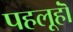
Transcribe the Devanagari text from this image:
पहलूहॊं